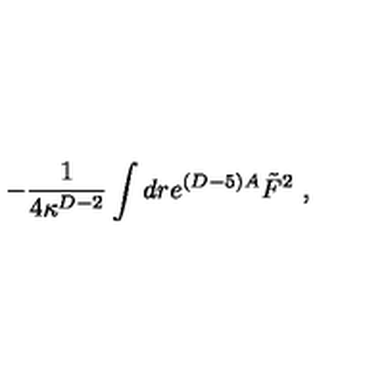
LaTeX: - { \frac { 1 } { 4 \kappa ^ { D - 2 } } } \int d r e ^ { ( D - 5 ) A } \tilde { F } ^ { 2 } \ ,